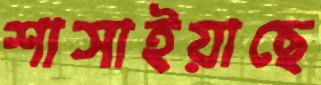
শাসাইয়াছে